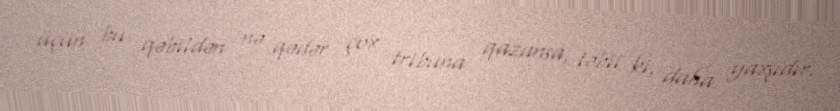
üçün bu qəbildən nə qədər çox tribuna qazansa, təbii ki, daha yaxşıdır.